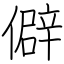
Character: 僻